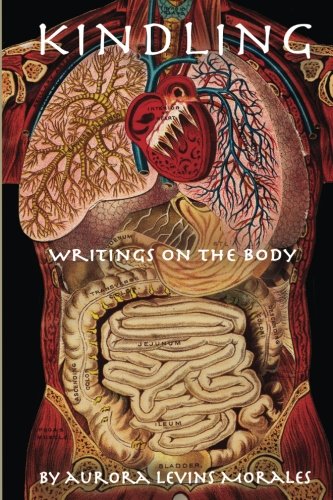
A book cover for Kindling: Writings On the Body; Aurora Levins Morales; Literature & Fiction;